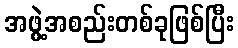
အဖွဲ့အစည်းတစ်ခုဖြစ်ပြီး